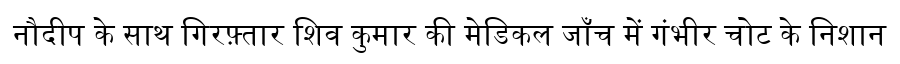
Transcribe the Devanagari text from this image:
नौदीप के साथ गिरफ़्तार शिव कुमार की मेडिकल जाँच में गंभीर चोट के निशान